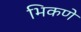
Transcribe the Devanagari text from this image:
भिकणे